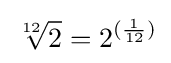
{\sqrt[{12}]{2}}=2^{({\frac {1}{12}})}